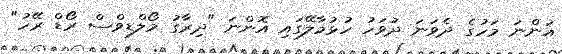
އަންނަ މަހުގެ ދެވަނަ ދުވަހު ހުޅުމާލޭގައި އޮންނަ "ދިރާގު މޯލްޑިވްސް ރޯޑް ރޭހު"